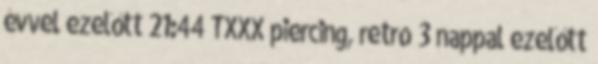
évvel ezelőtt 21:44 TXXX piercing, retro 3 nappal ezelőtt